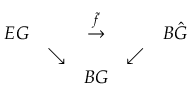
\begin{array} { c c c c c } { { E G } } & { { } } & { { \stackrel { \tilde { f } } { \rightarrow } } } & { { } } & { { B \hat { G } } } \\ { { } } & { { \searrow } } & { { } } & { { \swarrow } } & { { } } \\ { { } } & { { } } & { { B G } } & { { } } & { { } } \end{array}